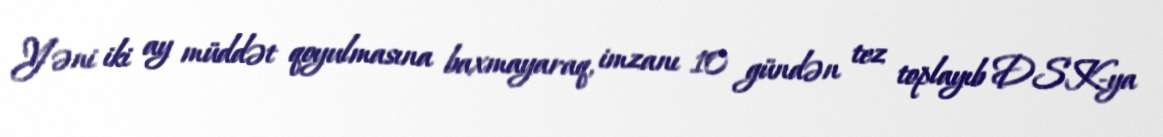
Yəni iki ay müddət qoyulmasına baxmayaraq, imzanı 10 gündən tez toplayıb DSK-ya